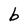
Character: b